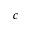
c